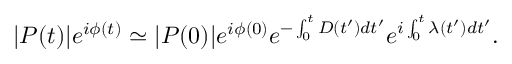
| P ( t ) | e ^ { i \phi ( t ) } \simeq | P ( 0 ) | e ^ { i \phi ( 0 ) } e ^ { - \int _ { 0 } ^ { t } D ( t ^ { \prime } ) d t ^ { \prime } } e ^ { i \int _ { 0 } ^ { t } \lambda ( t ^ { \prime } ) d t ^ { \prime } } .